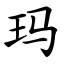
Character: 玛